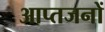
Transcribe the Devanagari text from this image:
आप्तजनों